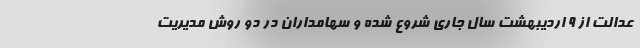
عدالت از ۹ اردیبهشت سال جاری شروع شده و سهامداران در دو روش مدیریت